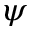
\psi